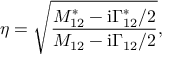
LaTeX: \eta = \sqrt { \frac { M _ { 1 2 } ^ { * } - \mathrm { i } \Gamma _ { 1 2 } ^ { * } / 2 } { M _ { 1 2 } - \mathrm { i } \Gamma _ { 1 2 } / 2 } } ,